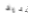
تمديد